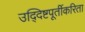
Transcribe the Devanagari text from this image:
उद्‍दिष्टपूर्तीकरिता